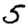
Digit: 5